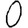
Digit: 0